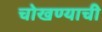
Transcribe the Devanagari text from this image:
चोखण्याची